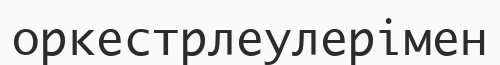
оркестрлеулерімен